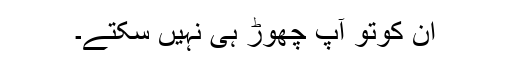
ان کوتو آپ چھوڑ ہی نہیں سکتے۔